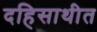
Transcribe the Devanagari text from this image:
दहिसाथीत